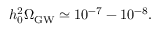
h _ { 0 } ^ { 2 } \Omega _ { \mathrm { G W } } \simeq 1 0 ^ { - 7 } - 1 0 ^ { - 8 } .